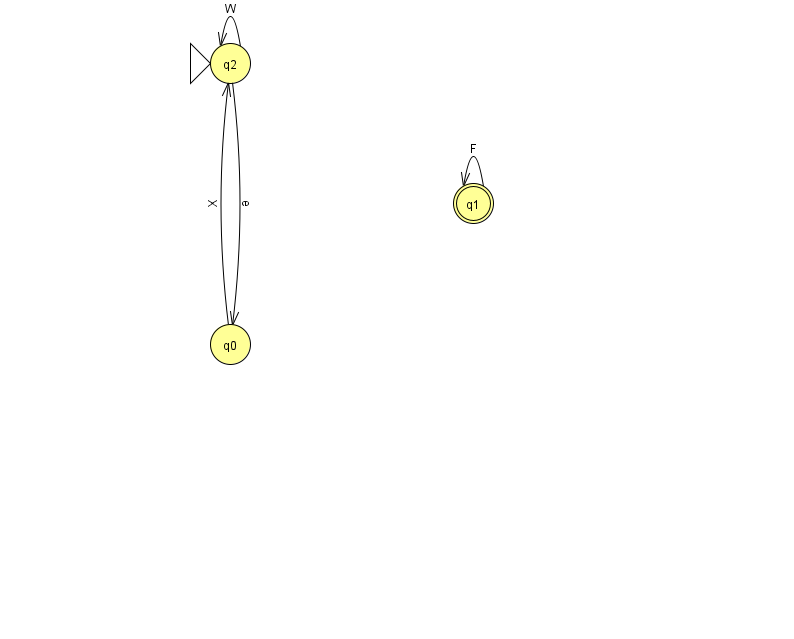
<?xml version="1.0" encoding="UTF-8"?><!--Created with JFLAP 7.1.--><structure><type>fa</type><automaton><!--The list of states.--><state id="0" name="q0"><x>230.0</x><y>331.0</y></state><state id="1" name="q1"><x>473.0</x><y>190.0</y><final/></state><state id="2" name="q2"><x>230.0</x><y>50.0</y><initial/></state><!--The list of transitions.--><transition><from>2</from><to>0</to><read>e</read></transition><transition><from>1</from><to>1</to><read>F</read></transition><transition><from>2</from><to>2</to><read>W</read></transition><transition><from>0</from><to>2</to><read>X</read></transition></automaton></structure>